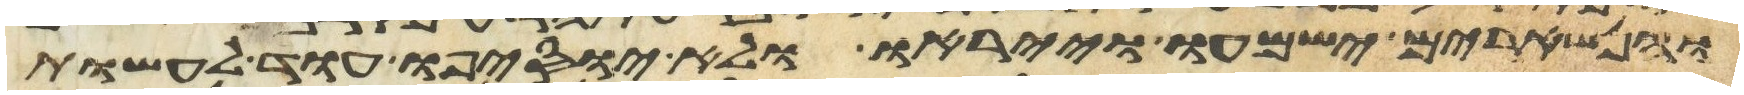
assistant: והנשארים ישמעו וייראו ולא יוסיפו עוד לעשות